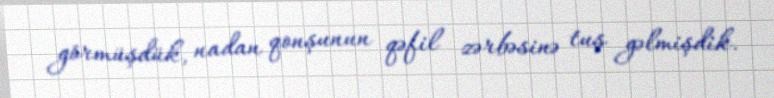
görmüşdük, nadan qonşunun qəfil zərbəsinə tuş gəlmişdik.